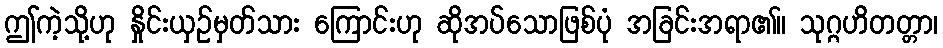
ဤကဲ့သို့ဟု နှိုင်းယှဉ်မှတ်သား ကြောင်းဟု ဆိုအပ်သောဖြစ်ပုံ အခြင်းအရာ၏။ သုဂ္ဂဟိတတ္တာ၊